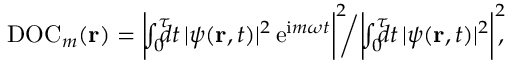
\begin{array} { r } { \mathrm { D O C } _ { m } ( { \bf r } ) = \bigg | \! \! \int _ { 0 } ^ { \tau } \! \! \! \! d t \, | \psi ( { \bf r } , t ) | ^ { 2 } \, \mathrm { e } ^ { \mathrm { i } m \omega t } \bigg | ^ { 2 } \! \! \bigg / \bigg | \! \! \int _ { 0 } ^ { \tau } \! \! \! \! d t \, | \psi ( { \bf r } , t ) | ^ { 2 } \bigg | ^ { 2 } \! \! , } \end{array}